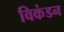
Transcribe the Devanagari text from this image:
विकंडन